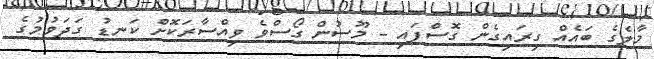
މާލެގެ ބައެއް ގިރައިގެން ގޮސްފައި - މޫސުން ގޯސްވެ ވިއްސާރަކޮށް ކަނޑު ގަދަވުމުގެ